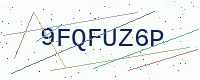
Text: 9FQFUZ6P